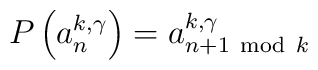
P\left(a^{k,\gamma}_n\right)=a^{k,\gamma}_{n+1~{\rm mod}~k}